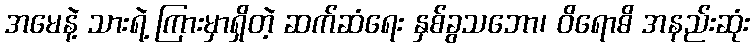
အမေနဲ့ သားရဲ့ ကြားမှာရှိတဲ့ ဆက်ဆံရေး နှစ်ခွသဘော၊ ဝိရောဓိ အနည်းဆုံး